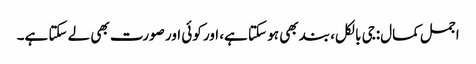
اجمل کمال:جی بالکل، بند بھی ہو سکتا ہے، اور کوئی اور صورت بھی لے سکتا ہے۔